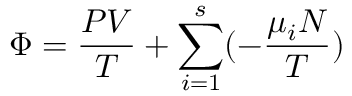
\Phi = { \frac { P V } { T } } + \sum _ { i = 1 } ^ { s } ( - { \frac { \mu _ { i } N } { T } } )